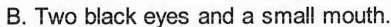
B.Two black eyes and a small mouth.